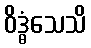
ဝိဒ္ဓံသေသိ